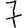
Digit: 7